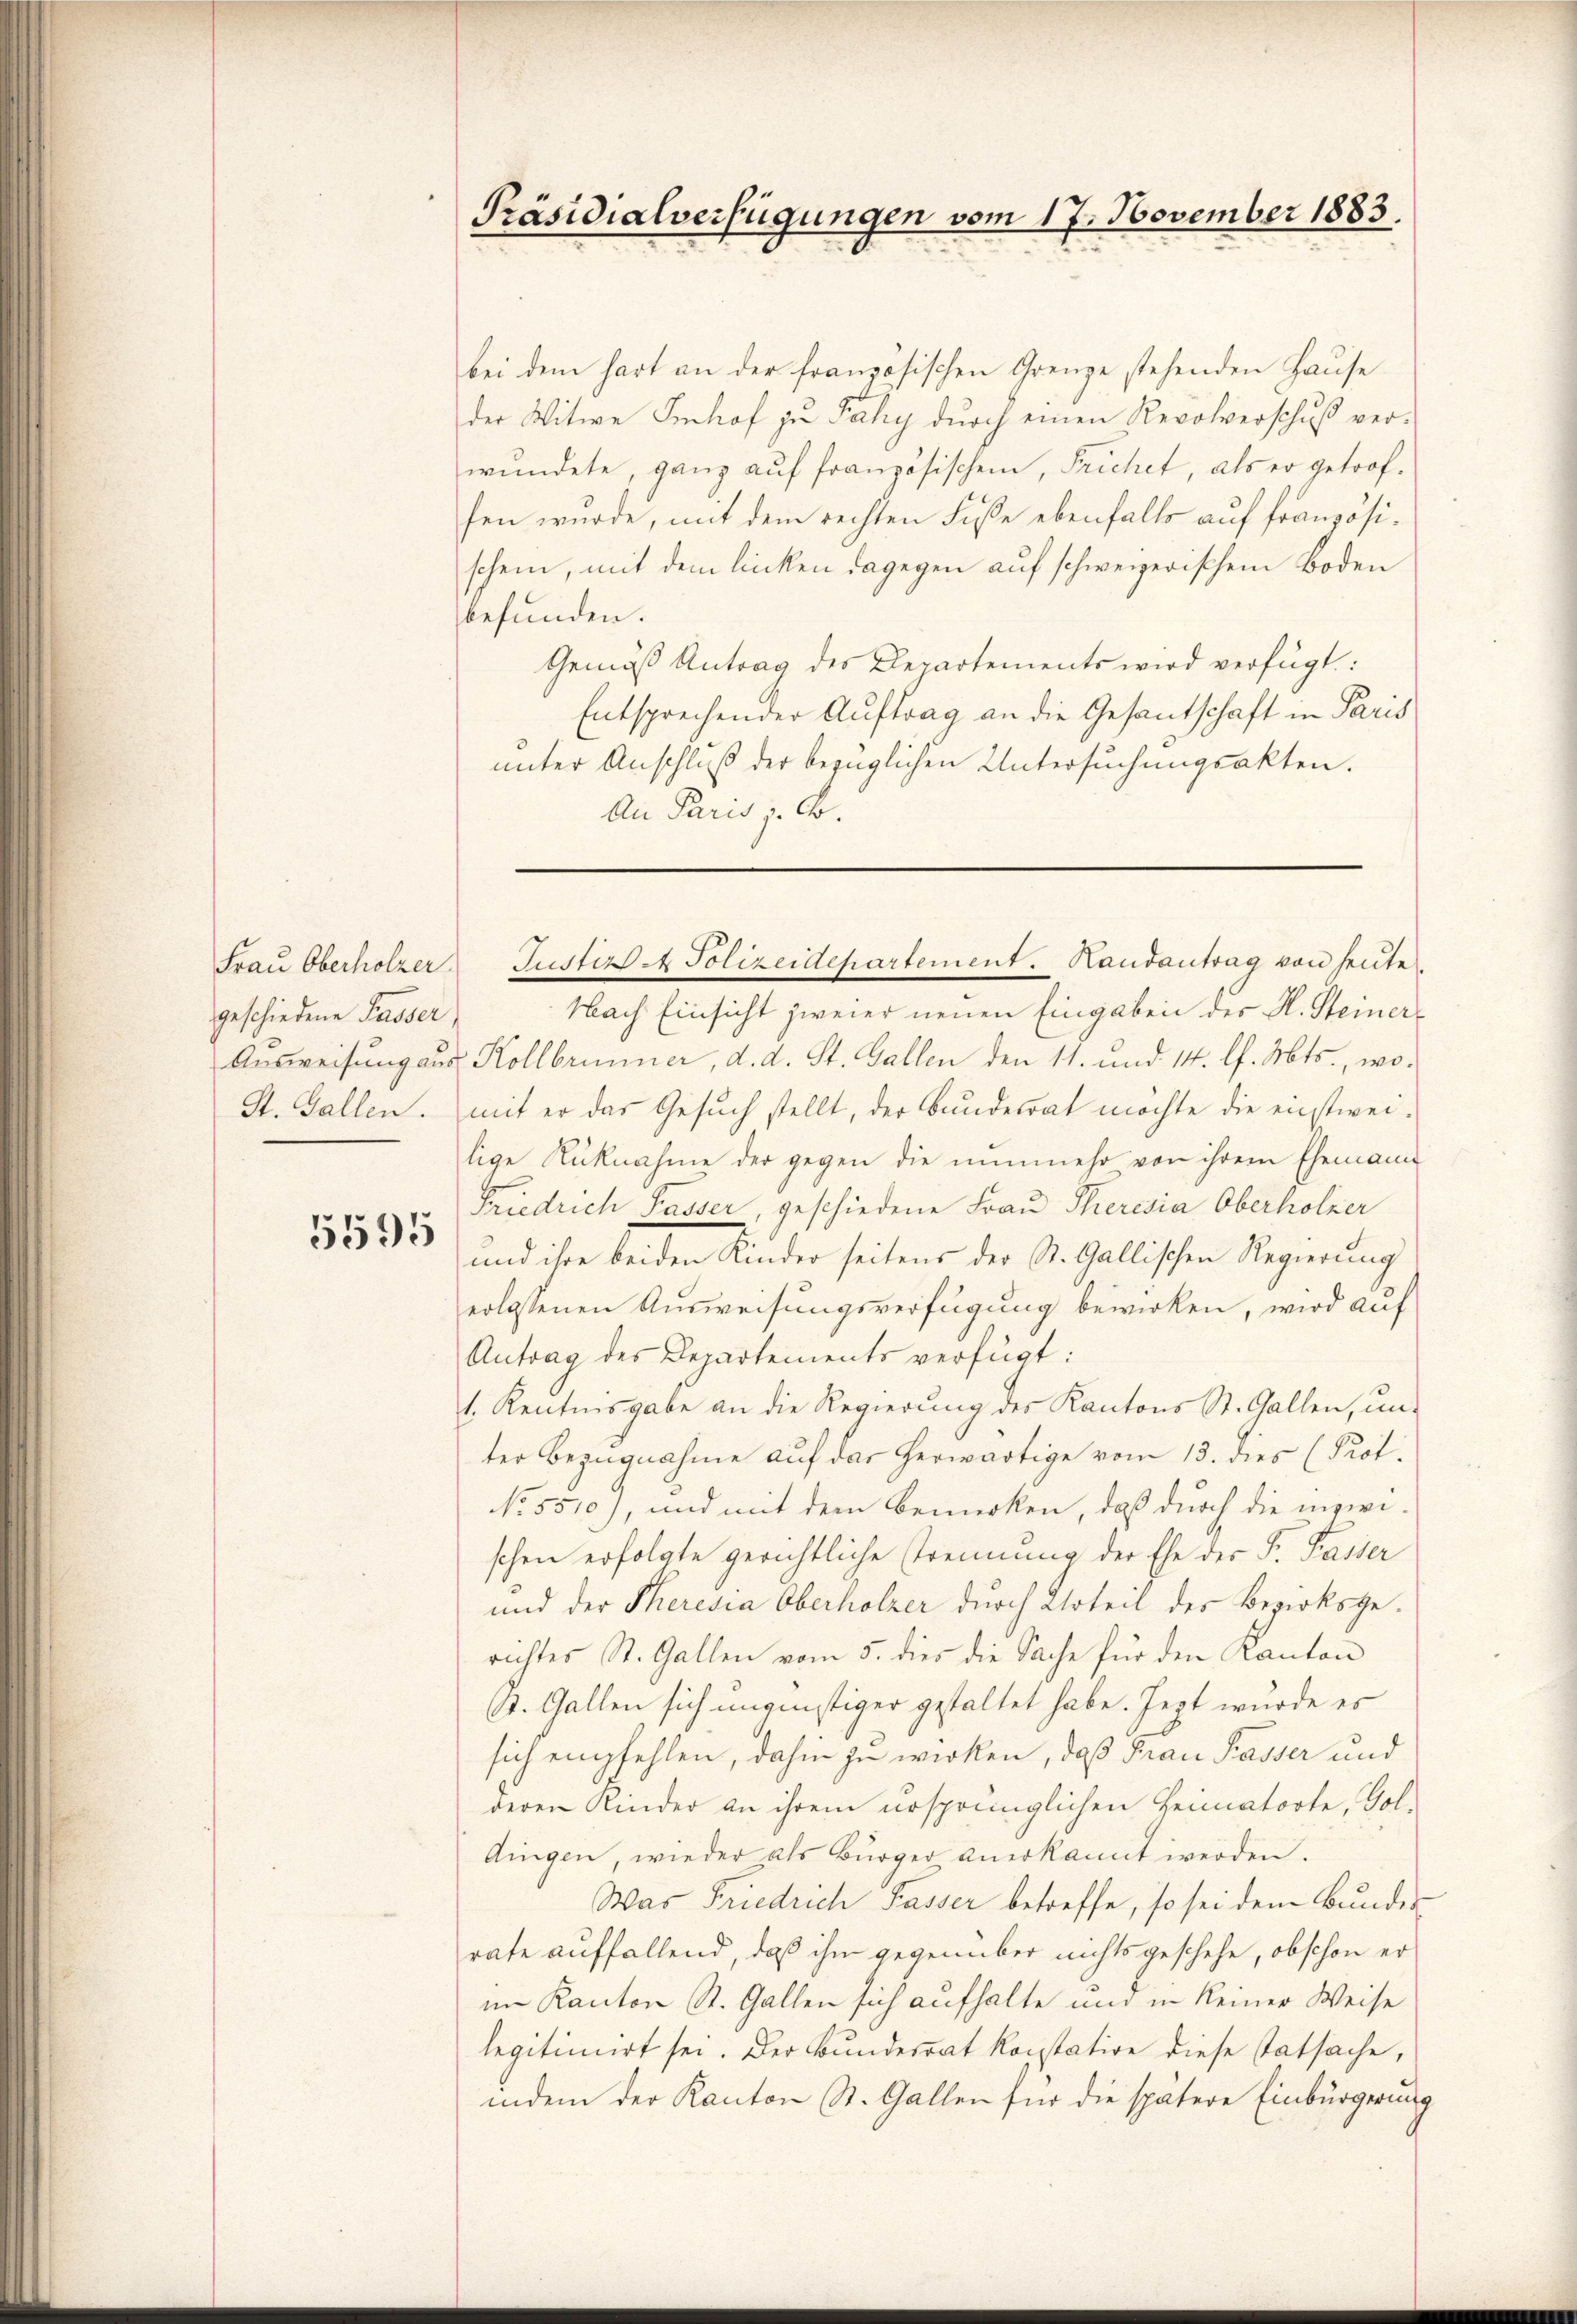
Frau Oberholzer
geschiedene Passer

5595

Präsidialverfügungen vom 17. November 1883.

bei dem hart an der französischen Grenze stehenden Haŭse
der Witwe Imhof zu Taky durch einen Revolverschuß verwundete, ganz auf französischen, Frichet, als er getroffen wurde, mit dem rechten Fuße ebenfalls auf französischein, mit dem linken dagegen auf schweizerischem Boden
befunden.
Gemäß Antrag des Departements wird verfügt:
Entsprechender Auftrag an die Gesantschaft in Paris
unter Anschluß der bezüglichen Untersuchungsakten.
An Paris z. B.

Nach Einsicht zweier neuen Eingaben der H. Steiner¬
Ausweisung aus Kollbrunner, d. d. St. Gallen den 11. und 14. l. Mts., wo¬
St. Gallen, mit er das Gesuch stellt, der Bundesrat möchte die einstweilige Rücknahme der gegen die nunmehr von ihrem Ehemann
Friedrich Passer, geschiedene Frau Theresia Oberholzer
und ihre beiden Kinder seitens der St. Gallischen Regierung
erlassenen Ausweisungsverfügung bewirken, wird auf
Antrag des Departements verfügt:
1. Kenntnisgabe an die Regierung des Kantons St. Gallen, ŭn-
ter Bezugnahme auf das herwärtige vom 13. dies (Prot.
No. 5510), und mit dem Bemerken, daß durch die inzwischen erfolgte gerichtliche Trennung der Ehe der S. Passer
und der Theresia Oberholzer durch Urteil des Bezirksgerichtes St. Gallen vom 5. dies die Sache für den Kanton
St. Gallen sich ungünstiger gestaltet habe. Jezt wurde es
sich empfehlen, dahin zu wirken, daß Frau Passer und
deren Kinder an ihrem ursprünglichen Heimatorte, Goldingen, wieder als Bürger anerkannt werden.
Was Friedrich Fasser betreffe, so sei dem Bundes
rate auffallend, daß ihm gegenüber nichts geschehe, obschon er
im Kanton St. Gallen sich aufhalte und in keiner Weise
legitimirt sei. Der Bundesrat konstation diese Tatsache,
indem der Kanton St. Gallen für die spätere Einbürgerung

Justiz - Polizeidepartement. Handantrag von heute